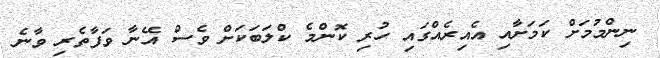
ނިންމުމަށް ކަމަށާއި އެއިރެއްގައި ހުރި ކޮންމެ ކްލަބަކަށް ވެސް އޭނާ ވަފާތެރި ވާނެ